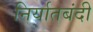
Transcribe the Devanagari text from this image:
निर्यातबंदी